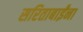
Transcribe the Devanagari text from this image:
सरिताबाईंना